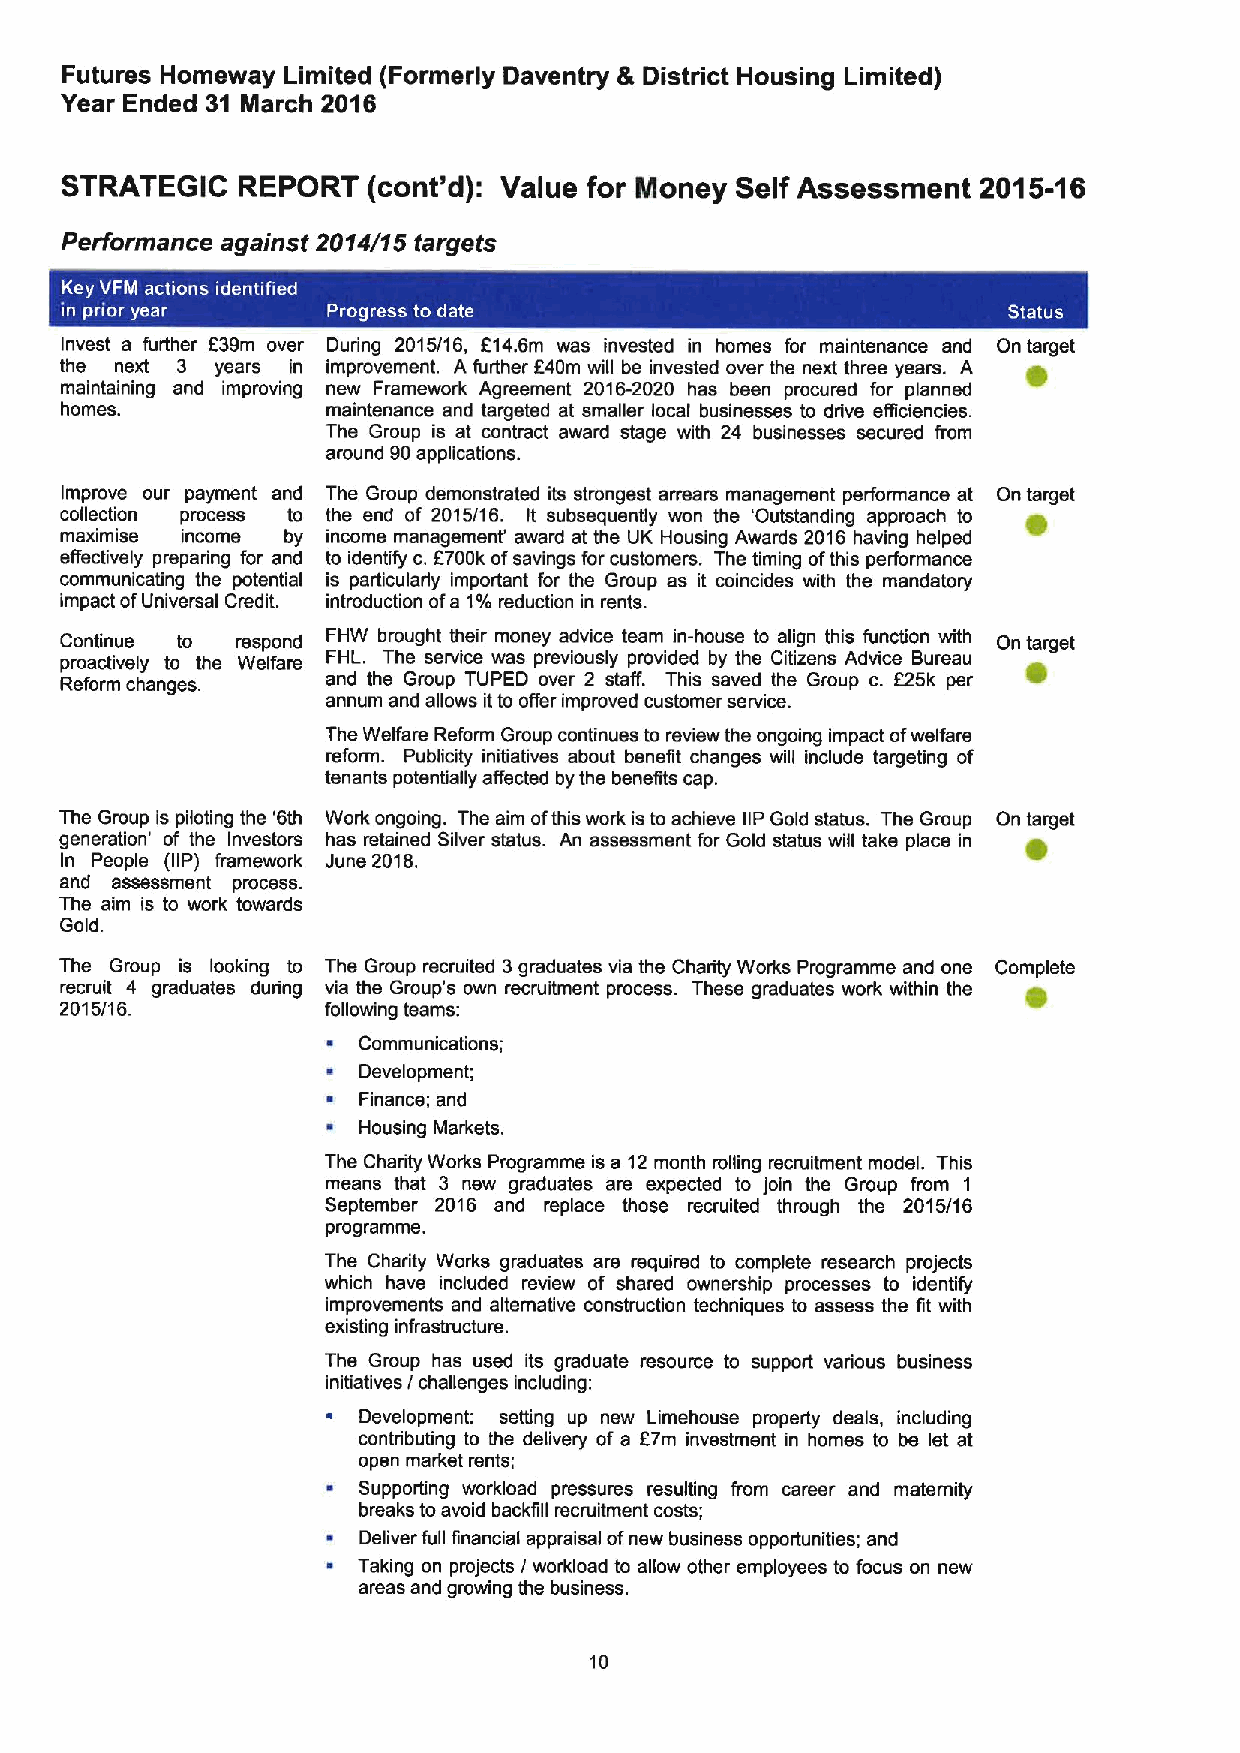
Futures Homeway Limited (Formerly Daventry &District Housing Limited)
 Year Ended 31 March 2016
 STRATEGiC   REPORT  (cont'd): Value for Money Self Assessment 2015-16
 Performance against 2014/15 targets
 Invest a further 639m over During 2015/16, f14. 6m was invested in homes for maintenance and On target
 the next 3 years in improvement. A further 640m will be invested over the next three years. A
 maintaining and improving new Framework Agreement 2016-2020 has been procured for planned
 homes.            maintenance and targeted at smaller local businesses to drive etficiencies.
 The Group is at contract award stage with 24 businesses secured from
 around 90applications.
 Improve our payment and The Group demonstrated its strongest arrears management performance at On target
 collection process to the end of 2015/16. It subsequently won the 'Outstanding approach to
 maximise income by income management' award at the UK Housing Awards 2016 having helped
 effectively preparing for and to identify c,E700k ofsavings for customers. The timing ofthis performance
 communicating the potential is particularly important for the Group as it coincides with the mandatory
 impact ofUniversal Credit. introduction ofa 1%reduction in rents.
 Continue to respond FHW brought their money advice team in-house to align this function with On target
 proactively to the Welfare FHL. The service was previously provided by the Citizens Advice Bureau
 Reform changes.   and the Group TUPED over 2 staff. This saved the Group c. 625k per
 annum and allows itto offer improved customer service.
 The Welfare Reform Group continues to review the ongoing impact ofwelfare
 reform. Publicity initiatives about benefit changes will include targeting of
 tenants potentially affected by the benefits cap.
 The Group is piloting the '6th Work ongoing. The aim ofthis work is to achieve IIPGold status. The Group On target
 generation' of the Investors has retained Silver status. An assessment for Gold status will take place in
 In People (IIP) framework June 2016.
 and assessment process.
 The aim is to work towards
 Gold.
 The Group is looking to The Group recruited 3graduates via the Charity Works Programme and one Complete
 recruit 4 graduates during via the Group's own recruitment process. These graduates work within the
 2015/16.          following teams:
 ~ Communications;
 ~ Development;
 ~ Finance; and
 ~ Housing Markets.
 The Charity Works Programme is a 12month rolling recruitment model. This
 means that 3 new graduates are expected to join the Group from 1
 September 2016 and replace those recruited through the 2015/16
 programme.
 The Charity Works graduates are required to complete research projects
 which have included review of shared ownership processes to identify
 improvements and alternative construction techniques to assess the fit with
 existing infrastructure.
 The Group has used its graduate resource to support various business
 initiatives / challenges including:
 ~ Development: setting up new Limehouse property deals, including
 f
 contributing to the delivery of a 7m investment in homes to be let at
 open market rents;
 ~ Supporting workload pressures resulting from career and maternity
 breaks toavoid backfill recruitment costs;
 ~ Deliver full financial appraisal ofnew business opportunities; and
 ~ Taking on projects / workload to allow other employees to focus on new
 areas and growing the business.
 10